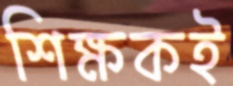
শিক্ষকই